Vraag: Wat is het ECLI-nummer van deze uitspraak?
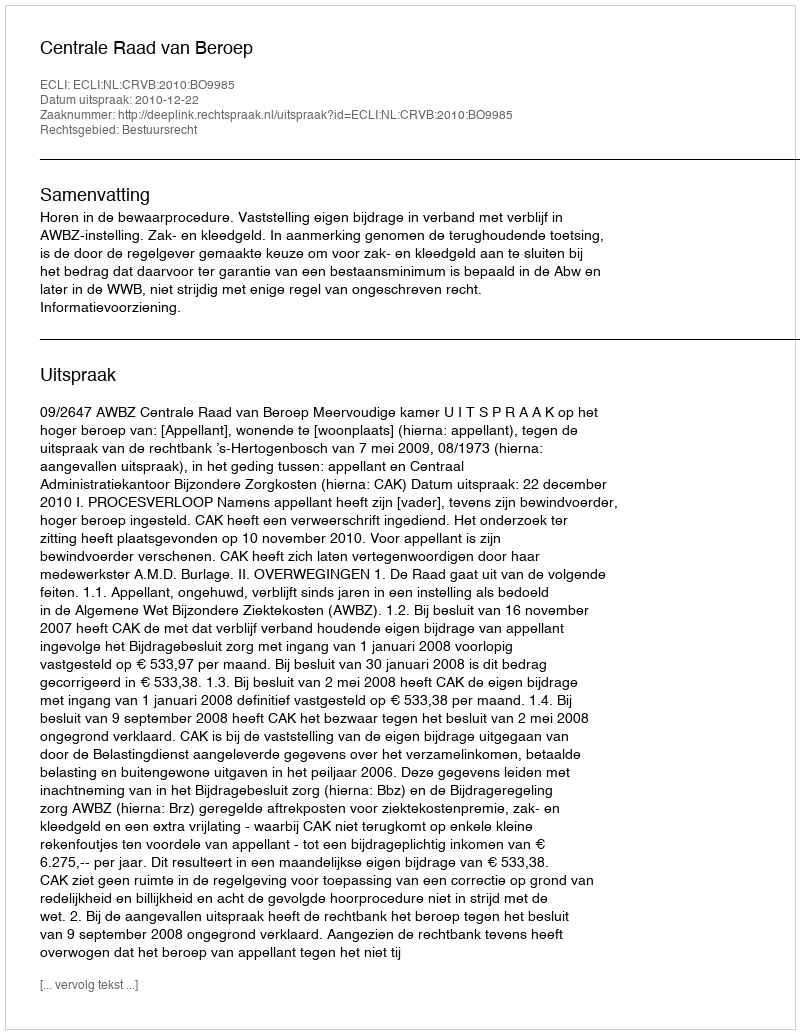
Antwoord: ECLI:NL:CRVB:2010:BO9985